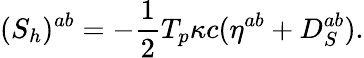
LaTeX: ({S}_{h})^{ab}={-{\frac{1}{2}}T_{p}\kappa c}(\eta^{ab}+D_{S}^{ab}).